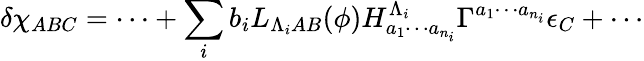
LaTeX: \delta\chi_{ABC}=\cdots+\sum_{i}b_{i}L_{\Lambda_{i}AB}(\phi)H_{a_{1}\cdots a_{n_{i}}}^{\Lambda_{i}}\Gamma^{a_{1}\cdots a_{n_{i}}}\epsilon_{C}+\cdots